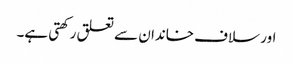
اور سلاف خاندان سے تعلق رکھتی ہے۔